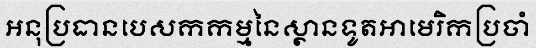
អនុប្រធានបេសកកម្មនៃស្ថានទូតអាមេរិកប្រចាំ